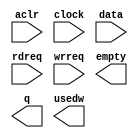
module expand_conv_fifo (
	aclr,
	clock,
	data,
	rdreq,
	wrreq,
	empty,
	q,
	usedw);

	input	  aclr;
	input	  clock;
	input	[47:0]  data;
	input	  rdreq;
	input	  wrreq;
	output	  empty;
	output	[47:0]  q;
	output	[7:0]  usedw;

endmodule